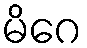
မိဂေ